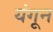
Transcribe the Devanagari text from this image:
यंगून